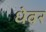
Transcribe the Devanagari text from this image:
धेवर